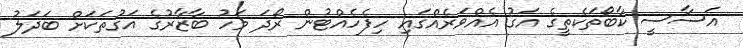
އަސާސީ ކާބޯތަކެތީގެ އަގު އެއްވަރެއްގައި ހިފެހެއްޓުން ރޯދަ މަހު ބާޒާރުގެ އަގުތަކަށް ބަދަލު